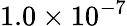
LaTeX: \mathrm{1.0\times 10^{-7}}